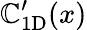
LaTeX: \mathbb{C}_{\mathrm{{1D}}}^{\prime}(x)